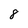
Character: 8